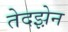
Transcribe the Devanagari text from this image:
तेदझ़ेन